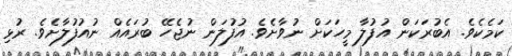
ކަމެކެވެ. އެބުރަކަން އުފުލާ މީހަކަށް ނުވާށެވެ. އުފުލަން ނުޖެހޭ ބުރައެއް ނުއުފުލާށެވެ. ރުޅި